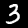
Label: 3